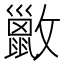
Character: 𫿢